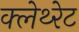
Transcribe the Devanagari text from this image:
क्लेथ्‍रेट